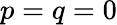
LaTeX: p=q=0